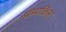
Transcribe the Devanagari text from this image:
पम्पकिंस